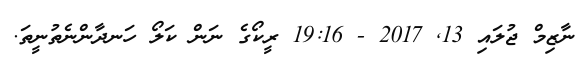
ނާޒިމް ޖުލައި 13